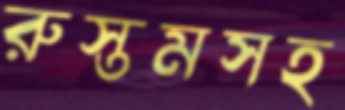
রুস্তমসহ